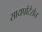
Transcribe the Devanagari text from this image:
सायप्रोटेरोन